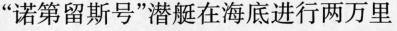
”诺第留斯号”潜艇在海底进行两万里